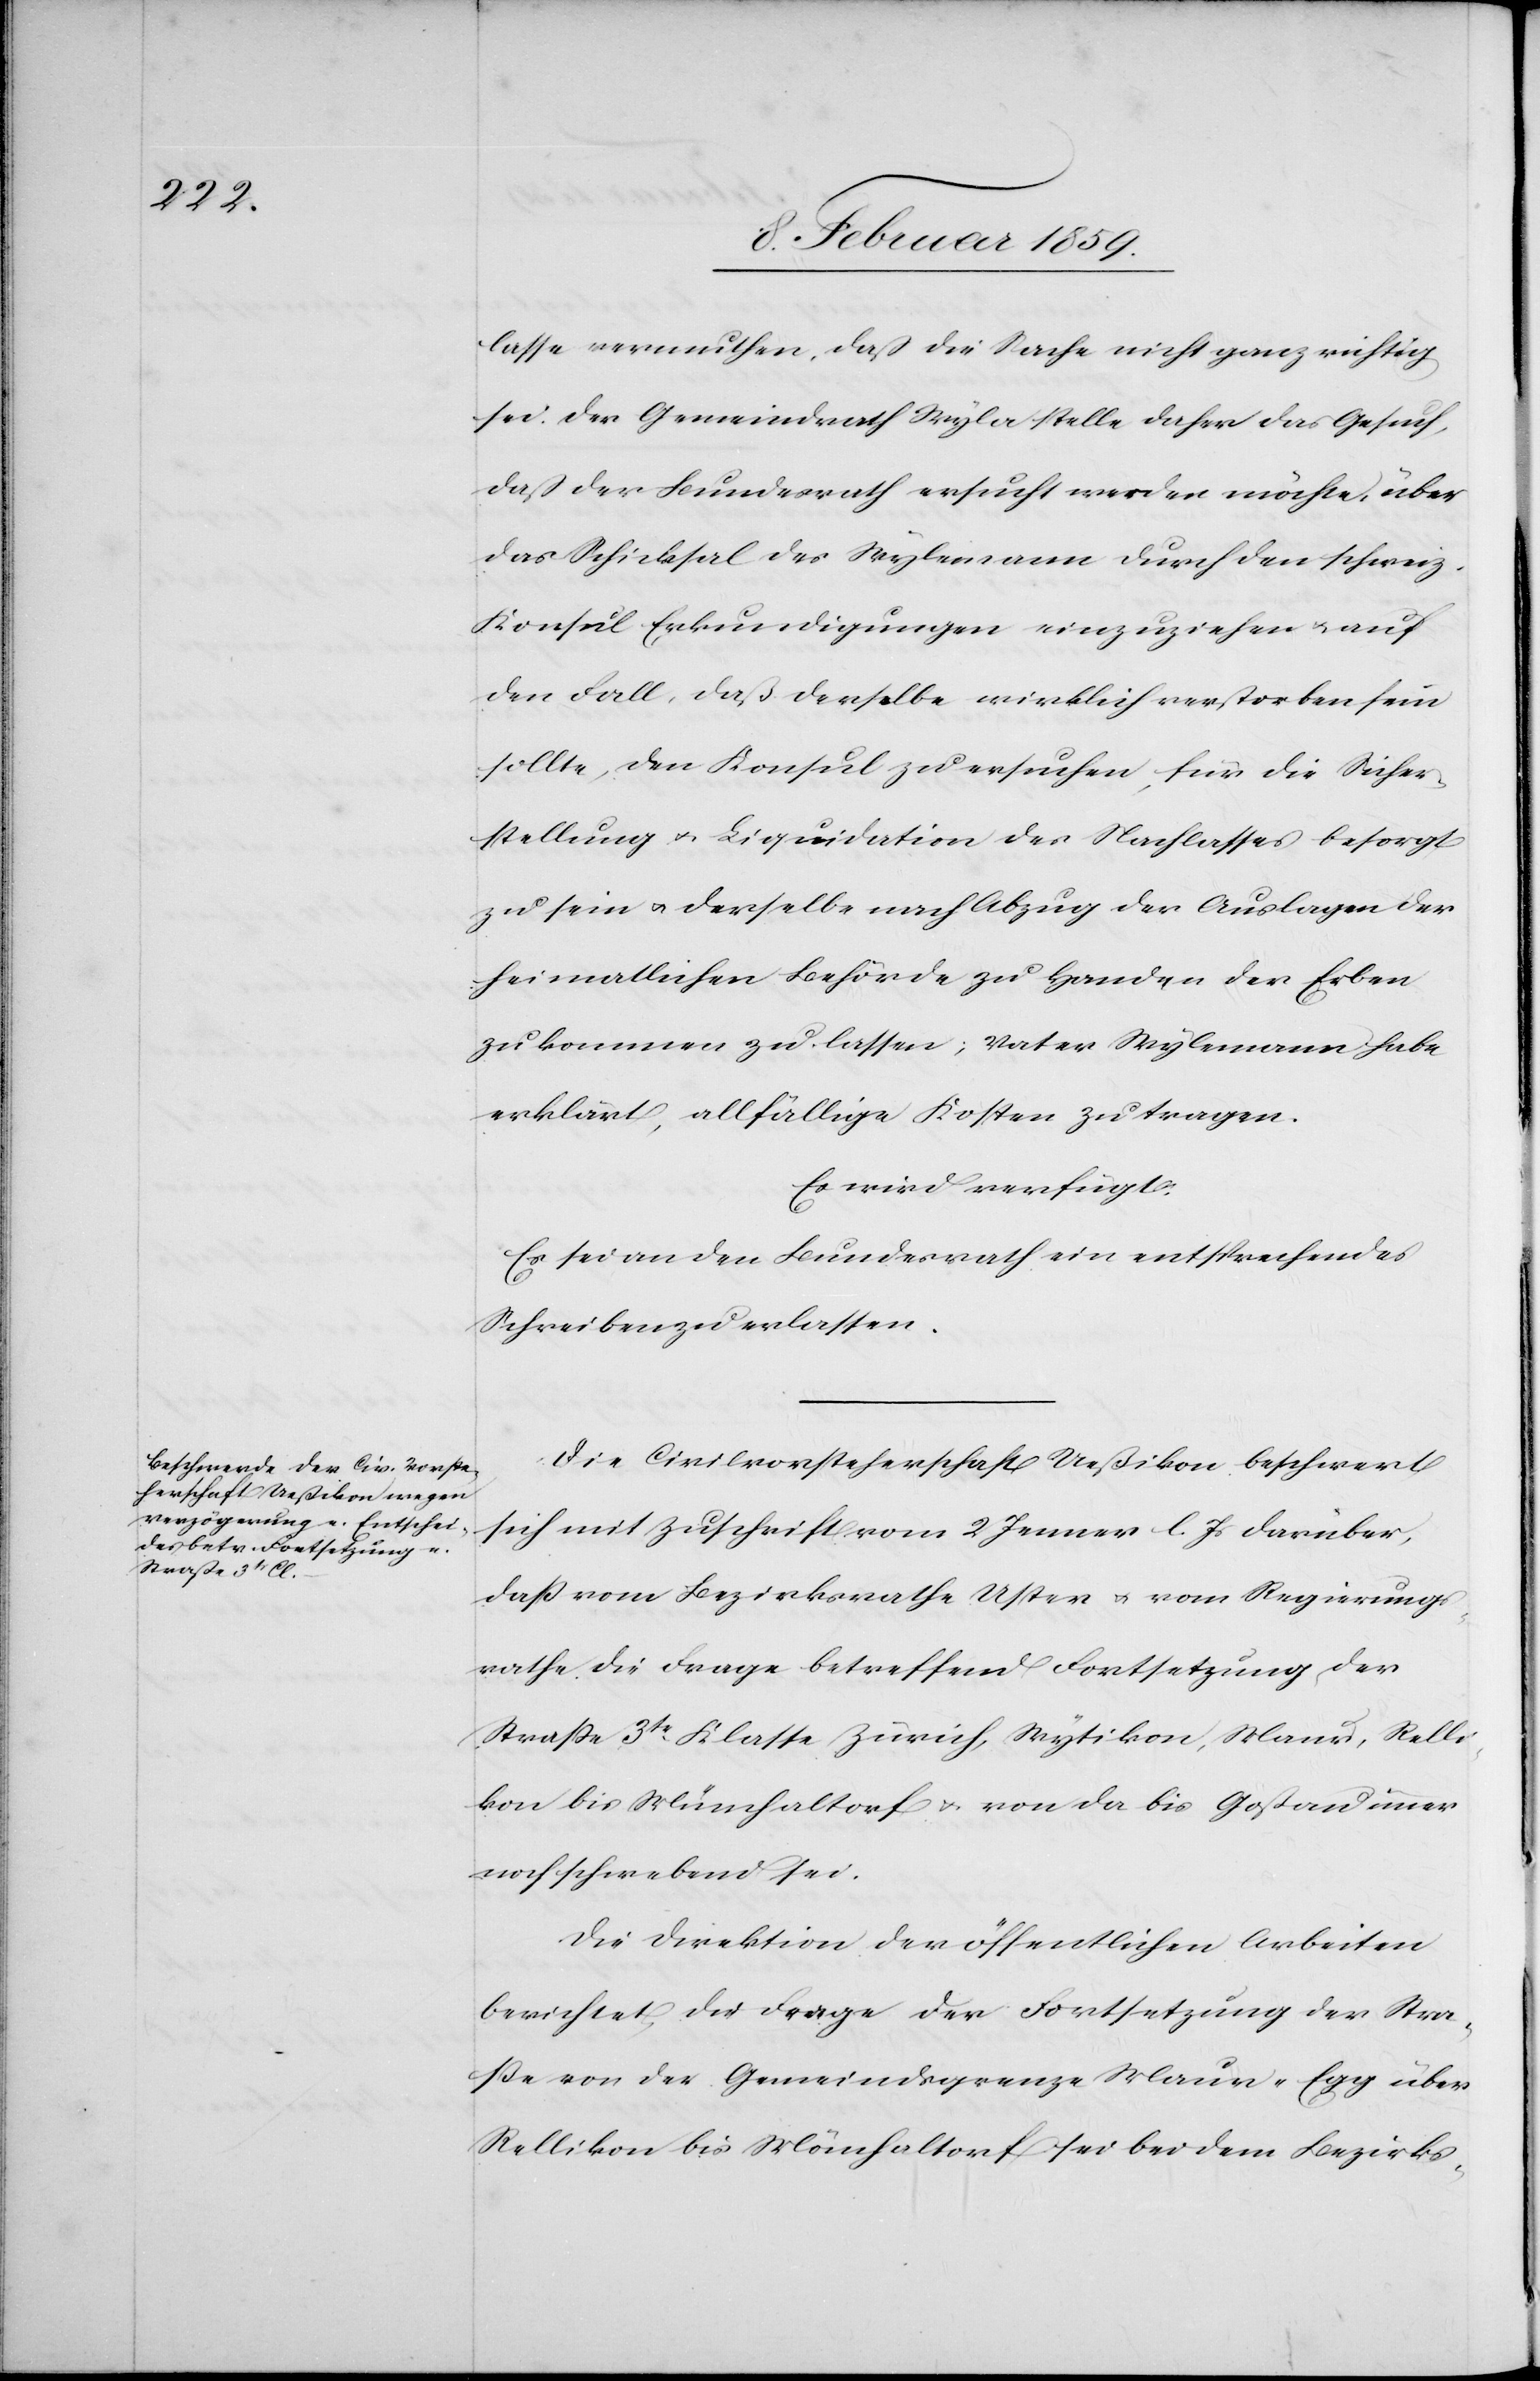
lasse vermuthen, daß die Sache nicht ganz richtig
sei. Der Gemeindrath Wyla stelle daher das Gesuch,
daß der Bundesrath ersucht werden möchte, über
das Schicksal des Wylemann durch den schweiz.
Konsul Erkundigungen einzuziehen u. auf
den Fall, daß derselbe wirklich verstorben sein
sollte, den Konsul zu ersuchen, für die Sicher¬
stellung u. Liquidation des Nachlasses besorgt
zu sein u. derselbe nach Abzug der Auslagen der
heimatlichen Behörde zu Handen der Erben
zukommen zu lassen; Vater Wylemann habe
erklärt, allfällige Kosten zu tragen.
Es wird verfügt:
Es sei an den Bundesrath ein entsprechendes
Schreiben zu erlassen.
Die Civilvorsteherschaft Ueßikon beschwert
sich mit Zuschrift vom 2 Januar l. Js darüber,
daß vom Bezirksrathe Uster u. vom Regierungs¬
rathe die Frage betreffend Fortsetzung der
Straße 3tr. Klasse Zürich, Wytikon, Maur, Relli¬
kon bis Münchaltorf u. von da bis Goßau immer
noch schwebend sei.
Die Direktion der öffentlichen Arbeiten
berichtet, die Frage der Fortsetzung der Stra¬
ße von der Gemeindegrenze Maur-Egg über
Rellikon bis Mönchaltorf [sic!] sei bei dem Bezirks-